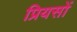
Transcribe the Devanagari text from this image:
प्रियसों